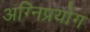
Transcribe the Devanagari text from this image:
अग्निप्रयोग